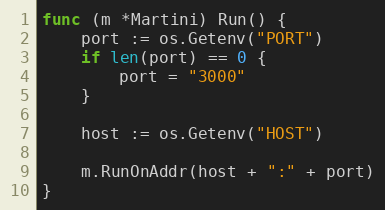
Language: Go
func (m *Martini) Run() {
	port := os.Getenv("PORT")
	if len(port) == 0 {
		port = "3000"
	}

	host := os.Getenv("HOST")

	m.RunOnAddr(host + ":" + port)
}